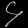
Digit: ၄